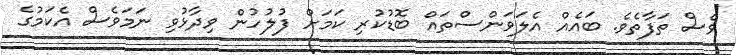
ވެސް ތަފާތެވެ. ބައެއް އެލަވަންސްތައް ބޮޑުކުރި ކަމަށް ފުލުހުން ވިދާޅުވި ނަމަވެސް އެކަމުގެ